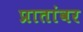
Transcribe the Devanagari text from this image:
प्रातांवर